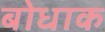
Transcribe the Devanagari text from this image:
बोधाक